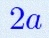
2a